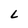
Character: L